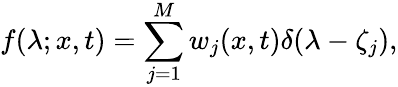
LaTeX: f(\lambda;x,t)=\sum_{j=1}^{M}w_{j}(x,t)\delta(\lambda-\zeta_{j}),